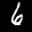
Label: 6